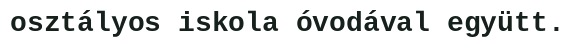
osztályos iskola óvodával együtt.